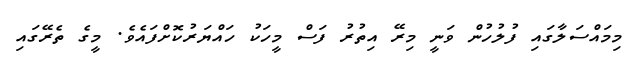
މިމައްސަލާގައި ފުލުހުން ވަނީ މިރޭ އިތުރު ފަސް މީހަކު ހައްޔަރުކޮށްފައެވެ. މީގެ ތެރޭގައި